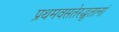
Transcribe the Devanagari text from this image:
प्रथमवसतेरद्भुतानां